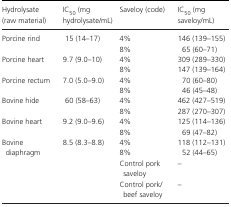
<table><thead><tr><td><b>Hydrolysate (raw material)</b></td><td><b>IC<sub>50</sub> (mg hydrolysate/mL)</b></td><td><b>Saveloy (code)</b></td><td><b>IC<sub>50</sub> (mg saveloy/mL)</b></td></tr></thead><tbody><tr><td rowspan="2">Porcine rind</td><td rowspan="2">15 (14–17)</td><td>4%</td><td>146 (139–155)</td></tr><tr><td>8%</td><td>65 (60–71)</td></tr><tr><td rowspan="2">Porcine heart</td><td rowspan="2">9.7 (9.0–10)</td><td>4%</td><td>309 (289–330)</td></tr><tr><td>8%</td><td>147 (139–164)</td></tr><tr><td rowspan="2">Porcine rectum</td><td rowspan="2">7.0 (5.0–9.0)</td><td>4%</td><td>70 (60–80)</td></tr><tr><td>8%</td><td>46 (45–48)</td></tr><tr><td rowspan="2">Bovine hide</td><td rowspan="2">60 (58–63)</td><td>4%</td><td>462 (427–519)</td></tr><tr><td>8%</td><td>287 (270–307)</td></tr><tr><td rowspan="2">Bovine heart</td><td rowspan="2">9.2 (9.0–9.6)</td><td>4%</td><td>125 (114–136)</td></tr><tr><td>8%</td><td>69 (47–82)</td></tr><tr><td rowspan="2">Bovine diaphragm</td><td rowspan="2">8.5 (8.3–8.8)</td><td>4%</td><td>118 (112–131)</td></tr><tr><td>8%</td><td>52 (44–65)</td></tr><tr><td></td><td></td><td>Control pork saveloy</td><td>–</td></tr><tr><td></td><td></td><td>Control pork/beef saveloy</td><td>–</td></tr></tbody></table>